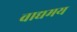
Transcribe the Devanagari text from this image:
वाद्यमय